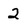
Character: 2